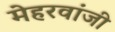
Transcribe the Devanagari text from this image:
मेहरवांजी